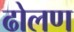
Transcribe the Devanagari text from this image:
ढोलण